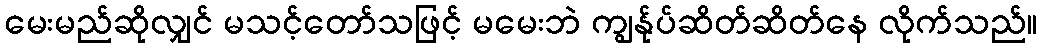
မေးမည်ဆိုလျှင် မသင့်တော်သဖြင့် မမေးဘဲ ကျွန်ုပ်ဆိတ်ဆိတ်နေ လိုက်သည်။